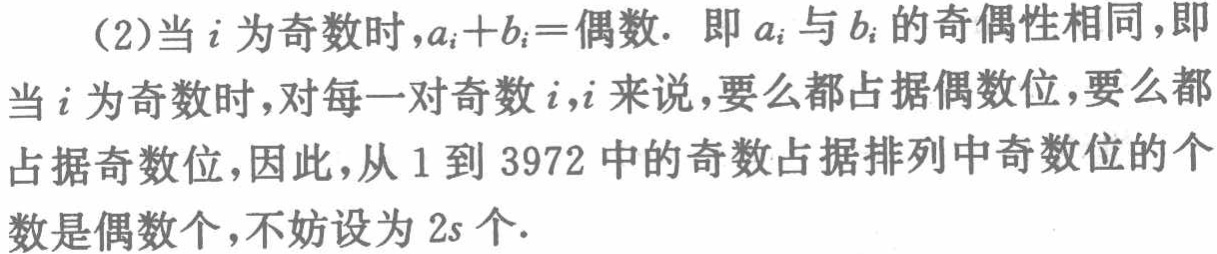
(2)当\(i\)为奇数时,\(a_{i}+b_{i} =\)偶数. 即\(a_{i}\)与\(b_{i}\)的奇偶性相同,即当\(i\)为奇数时,对每一对奇数\(i,i\)来说,要么都占据偶数位,要么都占据奇数位,因此,从\(1\)到\(3972\)中的奇数占据排列中奇数位的个数是偶数个,不妨设为\(2s\)个.